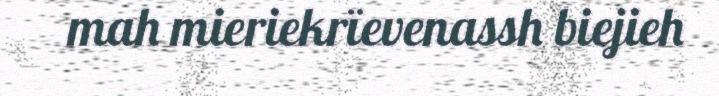
mah mieriekrïevenassh biejieh